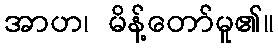
အာဟ၊ မိန့်တော်မူ၏။